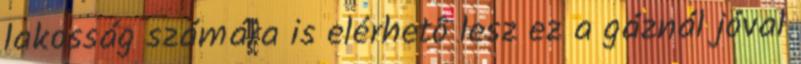
lakosság számára is elérhetô lesz ez a gáznál jóval